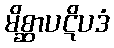
မိစ္ဆာပဋိပဒံ